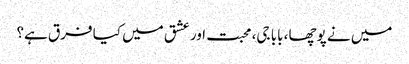
میں نے پوچھا، بابا جی، محبت اور عشق میں کیا فرق ہے؟